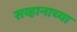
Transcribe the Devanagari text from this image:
सव्हानाच्या